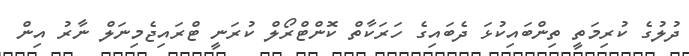
ދުލުގެ ކުރިމަތީ ތިންބައިކުޅަ ދެބައިގެ ހަރަކާތް ކޮންޓްރޯލް ކުރަނީ ޓްރައިޖެމިނަލް ނާރު އިން